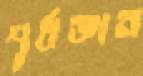
পূর্বজ্ঞান